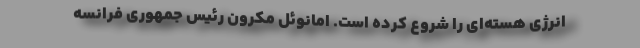
انرژی هسته‌ای را شروع کرده است. امانوئل مکرون رئیس جمهوری فرانسه